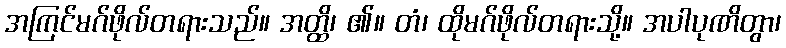
အကြင်မဂ်ဖိုလ်တရားသည်။ အတ္ထိ၊ ၏။ တံ၊ ထိုမဂ်ဖိုလ်တရားသို့။ အပါပုဏိတွာ၊